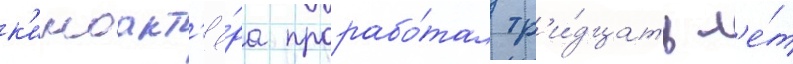
к'иноакт'ё́ра прорабо́тал тр'и́дцать л'е́т